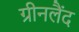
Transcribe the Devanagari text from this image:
ग्रीनलैंद